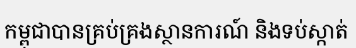
កម្ពុជាបានគ្រប់គ្រងស្ថានការណ៍ និងទប់ស្កាត់